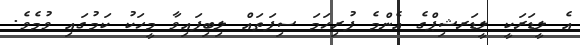
އެ ލީޑަރަކީ ލީޑަރޝިޕްގެ އެންމެ ފުރިހަމަ ސިފަތައް ލިބިފައިވާ މީހަކު ކަމުގައި ވުމެވެ.